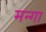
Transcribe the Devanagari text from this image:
मन्गा